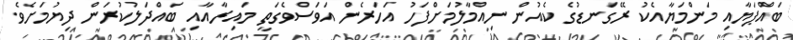
ބައްޕަޔާއި މަންމަޔާއެކު ރޭގަނޑުގެ ކެއުން ނިއްމާލުމަށްފަހު އަހަރެން އަވަސްވެގަތީ މައިރާއާއި ބައްދަލުކުރަން ދިޔުމަށެވެ.